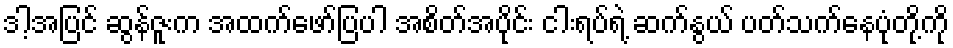
ဒါ့အပြင် ဆွန်ဇူးက အထက်ဖော်ပြပါ အစိတ်အပိုင်း ငါးရပ်ရဲ့ ဆက်နွယ် ပတ်သက်နေပုံတို့ကို